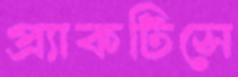
প্র্যাকটিসে